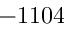
- 1 1 0 4